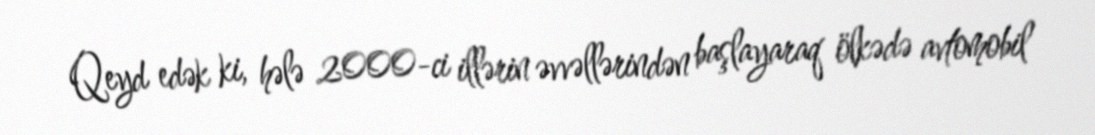
Qeyd edək ki, hələ 2000-ci illərin əvvəllərindən başlayaraq ölkədə avtomobil